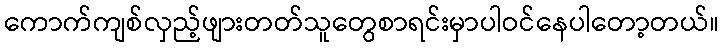
ကောက်ကျစ်လှည့်ဖျားတတ်သူတွေစာရင်းမှာပါဝင်နေပါတော့တယ်။